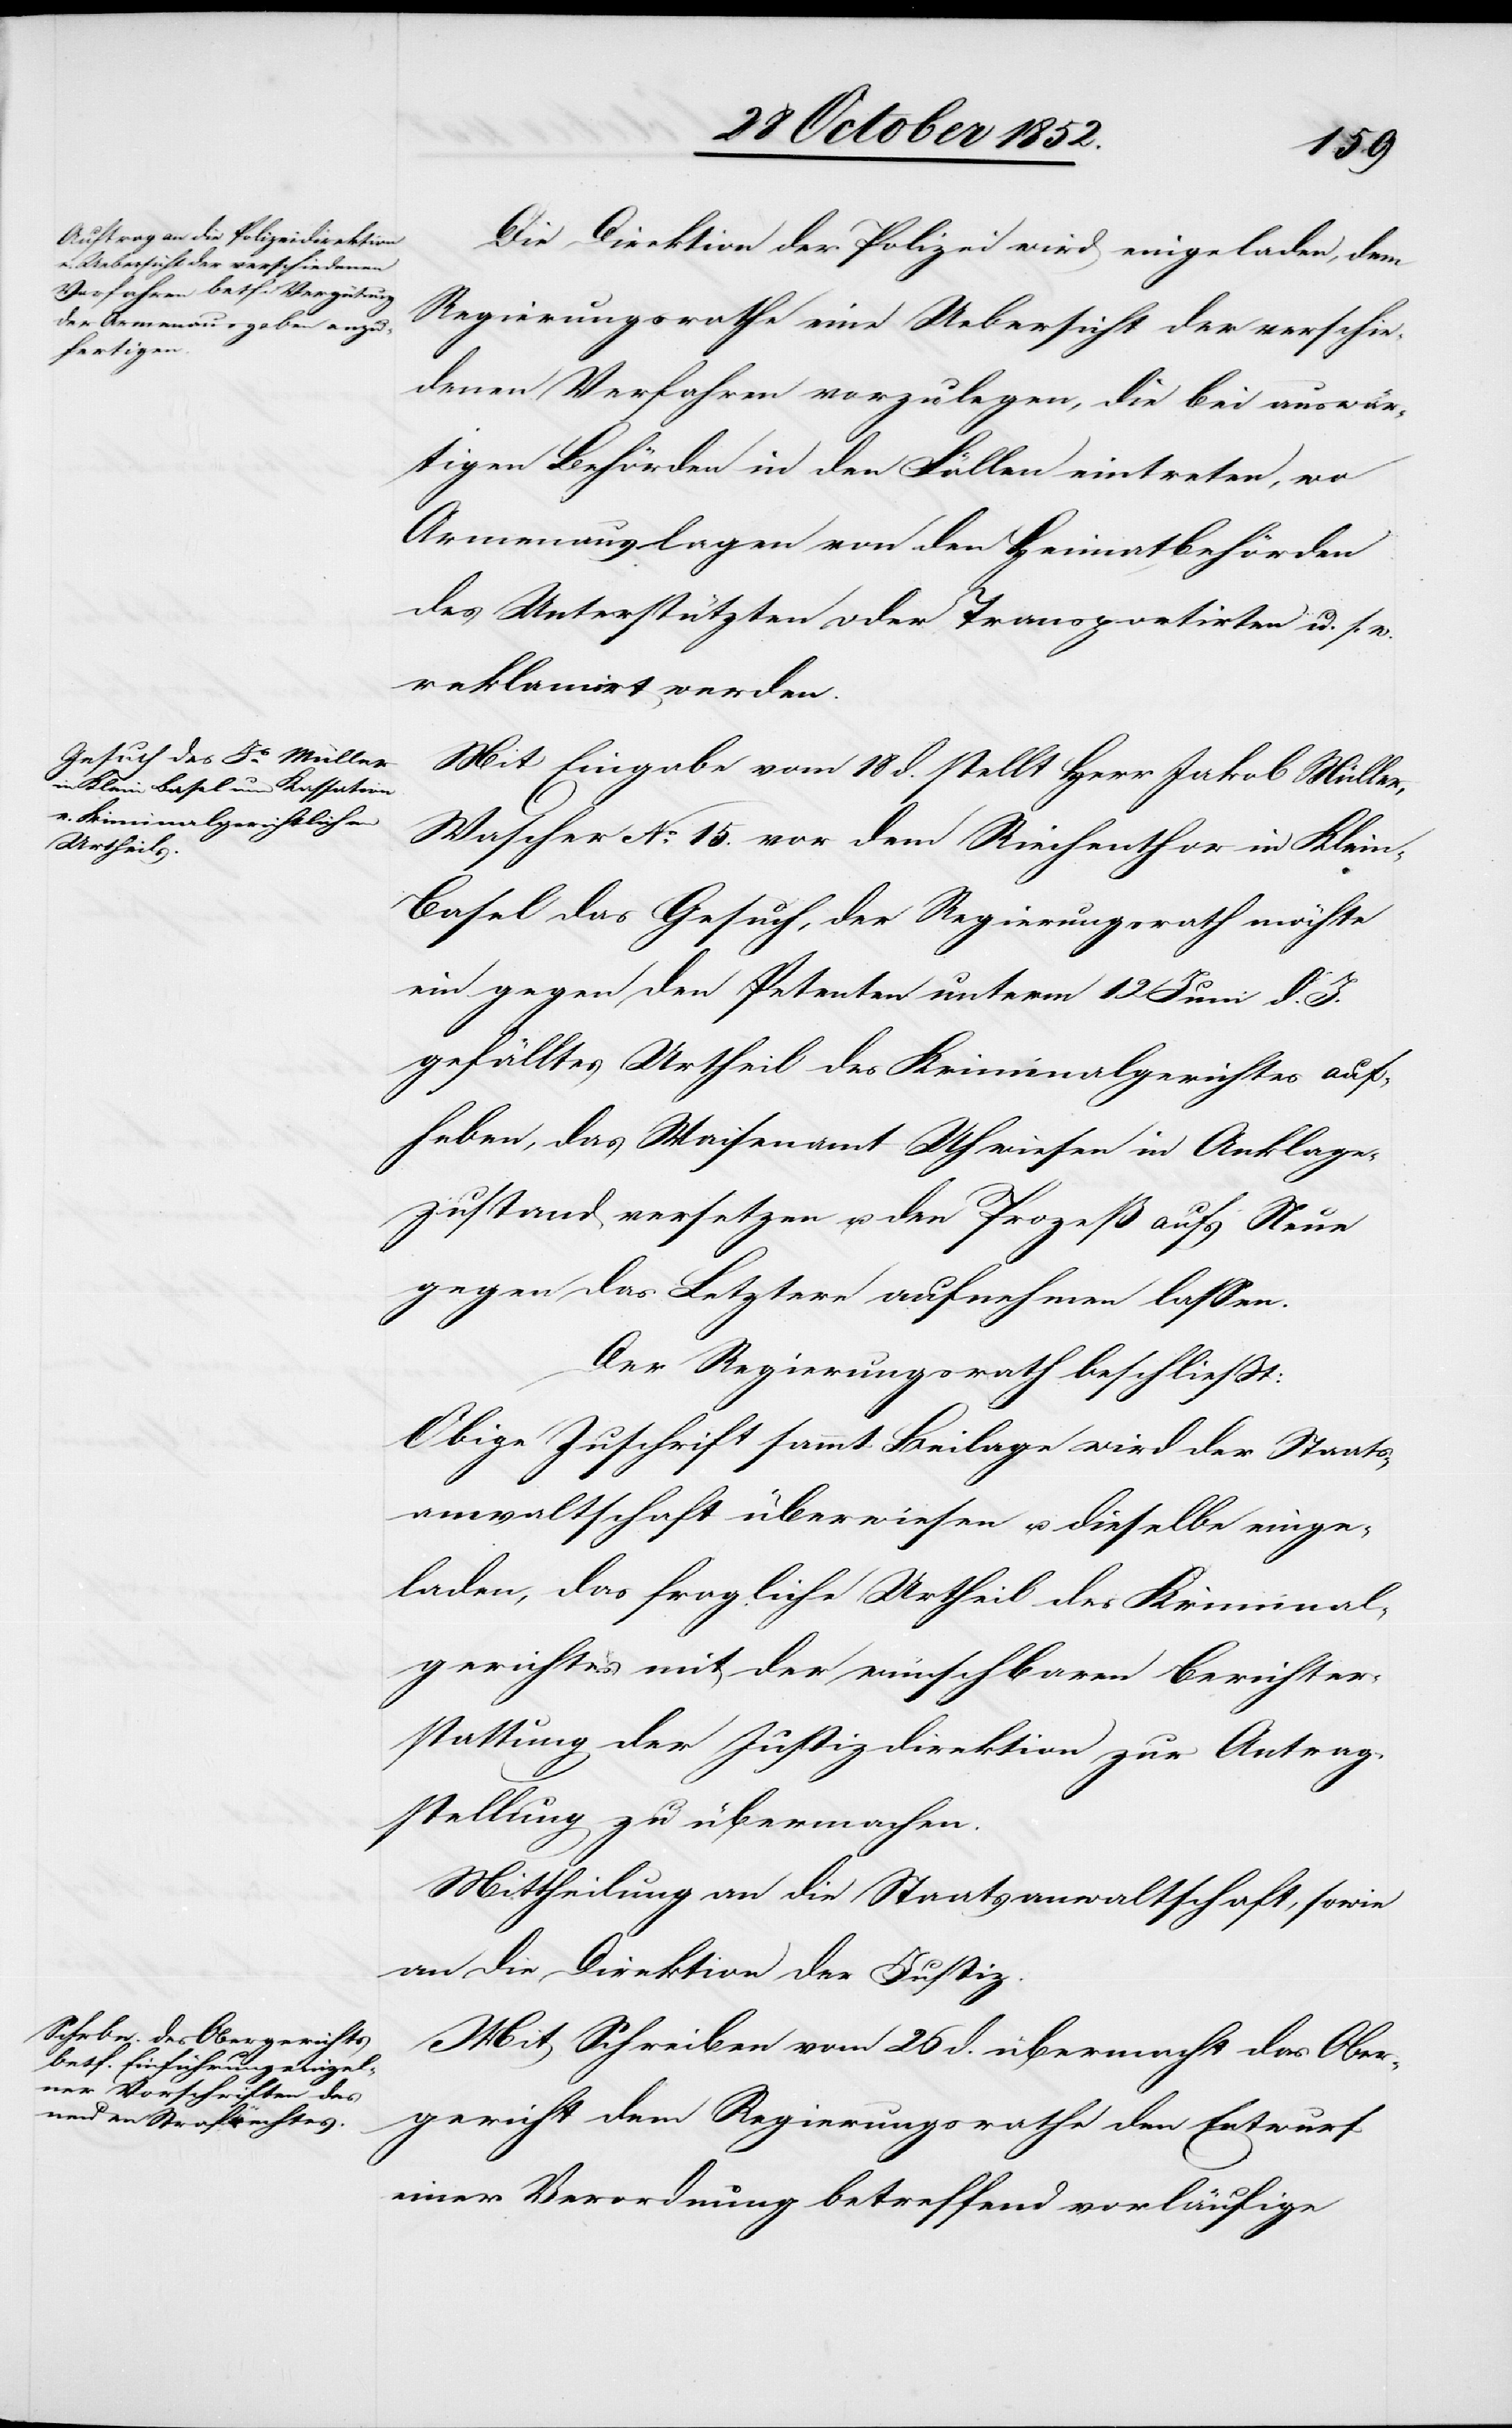
Die Direktion der Polizei wird eingeladen, dem
Regierungsrathe eine Uebersicht der verschie¬
denen Verfahren vorzulegen, die bei auswär¬
tigen Behörden in den Fällen eintreten, wo
Armenauslagen von den Heimatbehörden
des Unterstützten oder Transportirten u. s.
reklamirt werden.
Mit Eingabe vom 18 d. stellt Herr Jakob Müller,
Wascher No. 15. vor dem Riechenthor in Klei¬
n-Basel das Gesuch, der Regierungsrath möchte
ein gegen den Petenten unterm 12 Juni d. J.
gefälltes Urtheil des Kriminalgerichtes auf¬
heben, das Waisenamt Uhwiesen in Anklage¬
zustand versetzen u. den Prozeß auf‘s Neue
gegen das Letztere aufnehmen lassen.
Der Regierungsrath beschließt:
Obige Zuschrift sammt Beilage wird der Staats¬
anwaltschaft überwiesen u. dieselbe einge¬
laden, das fragliche Urtheil des Kriminal¬
gerichtes mit der wünschbaren Berichter¬
stattung der Justizdirektion zur Antrag¬
stellung zu übermachen.
Mittheilung an die Staatsanwaltschaft, sowie
an die Direktion der Justiz.
Mit Schreiben vom 26 d. übermacht das Ober¬
gericht dem Regierungsrathe den Entwurf
einer Verordnung betreffend vorläufige